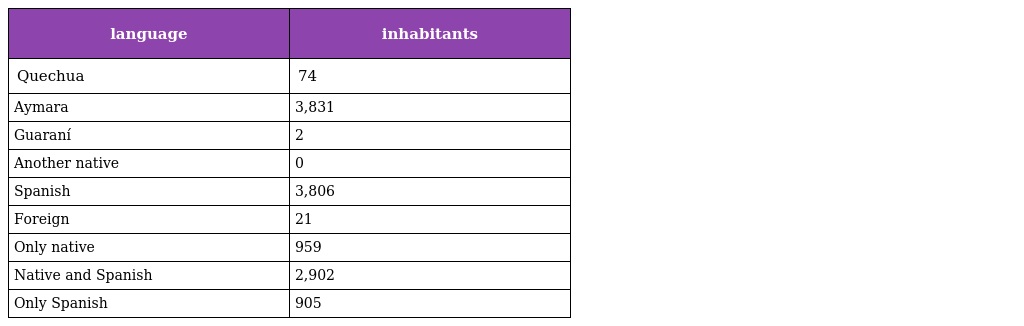
| language | inhabitants |
 | --- | --- |
 | Quechua | 74 |
 | Aymara | 3,831 |
 | Guaraní | 2 |
 | Another native | 0 |
 | Spanish | 3,806 |
 | Foreign | 21 |
 | Only native | 959 |
 | Native and Spanish | 2,902 |
 | Only Spanish | 905 |